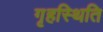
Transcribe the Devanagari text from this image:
गृहस्थिति